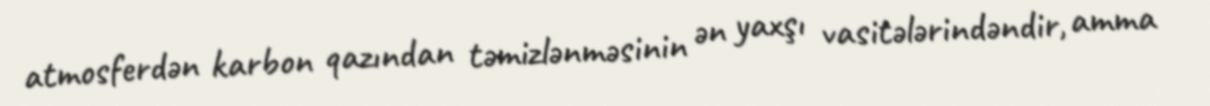
atmosferdən karbon qazından təmizlənməsinin ən yaxşı vasitələrindəndir, amma